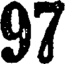
97